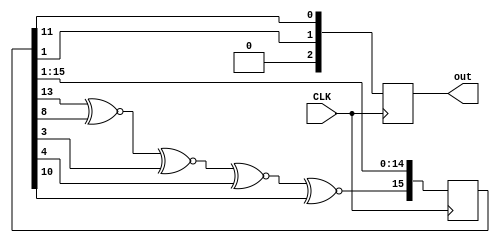
module random_2bit(input CLK, output reg[2:0] out);

reg[15:0] shift = 16'h5235;

always @(posedge CLK) begin
	shift[15] <= shift[13] ~^ shift[8] ~^ shift[3] ~^ shift[4] ~^ shift[10];
	shift[14:0] <= shift[15:1];

	out = {3'b0,shift[1],shift[11]};

end

endmodule